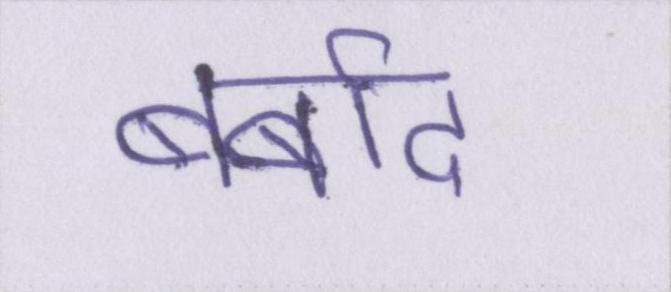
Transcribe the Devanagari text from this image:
बर्बाद